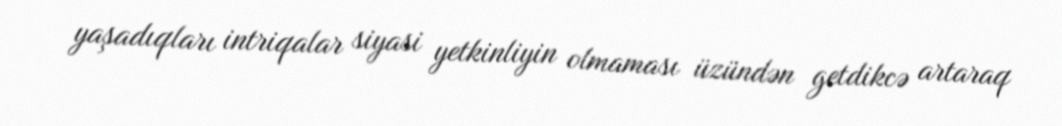
yaşadıqları intriqalar siyasi yetkinliyin olmaması üzündən getdikcə artaraq